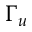
\Gamma _ { u }